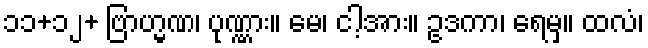
၁၁+၁၂+ ဗြာဟ္မဏ၊ ပုဏ္ဏား။ မေ၊ ငါ့အား။ ဥဒကာ၊ ရေမှ။ ထလံ၊